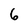
Character: 6